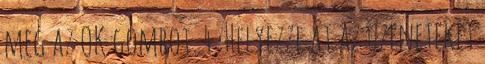
meg az OK gombot. 4. Helyezze át az üzeneteket